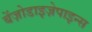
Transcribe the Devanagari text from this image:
बेंज़ोडाइज़ेपाइन्स